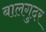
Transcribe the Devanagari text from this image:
बालगुदर